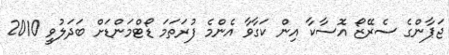
ޖަޕާންގެ ސެރޭޒޯ އޮސާކާ އިން ކަގާވާ އެންމެ ފުރަތަމަ ޑޯޓްމަންޑަށް ބަދަލުވީ 2010